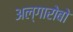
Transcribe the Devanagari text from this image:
अल्गारोबो